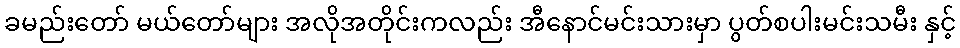
ခမည်းတော် မယ်တော်များ အလိုအတိုင်းကလည်း အီနောင်မင်းသားမှာ ပွတ်စပါးမင်းသမီး နှင့်